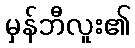
မှန်ဘီလူး၏